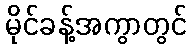
မိုင်ခန့်အကွာတွင်